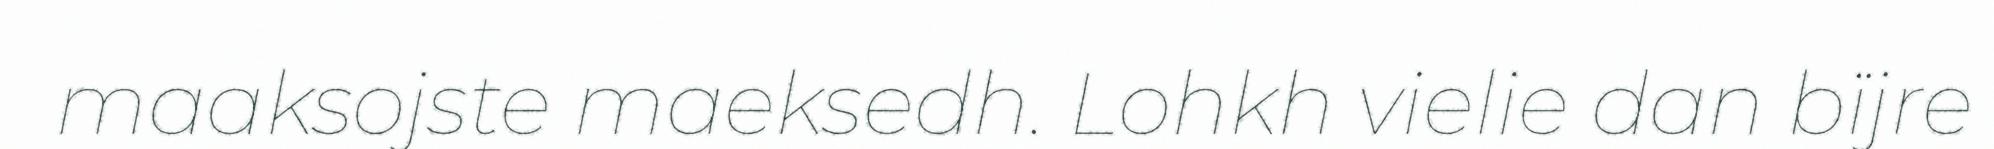
maaksojste maeksedh. Lohkh vielie dan bïjre